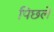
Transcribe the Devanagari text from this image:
पिछले